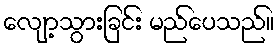
လျော့သွားခြင်း မည်ပေသည်။